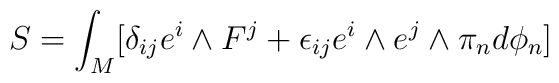
S=\int _M \bigl[\delta_{ij}e^i\wedge F^j + \epsilon_{ij}e^i\wedge e^j\wedge \pi_nd\phi_n \bigr]